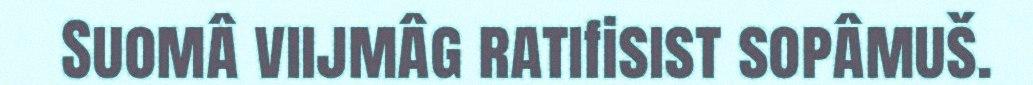
Suomâ viijmâg ratifisist sopâmuš.